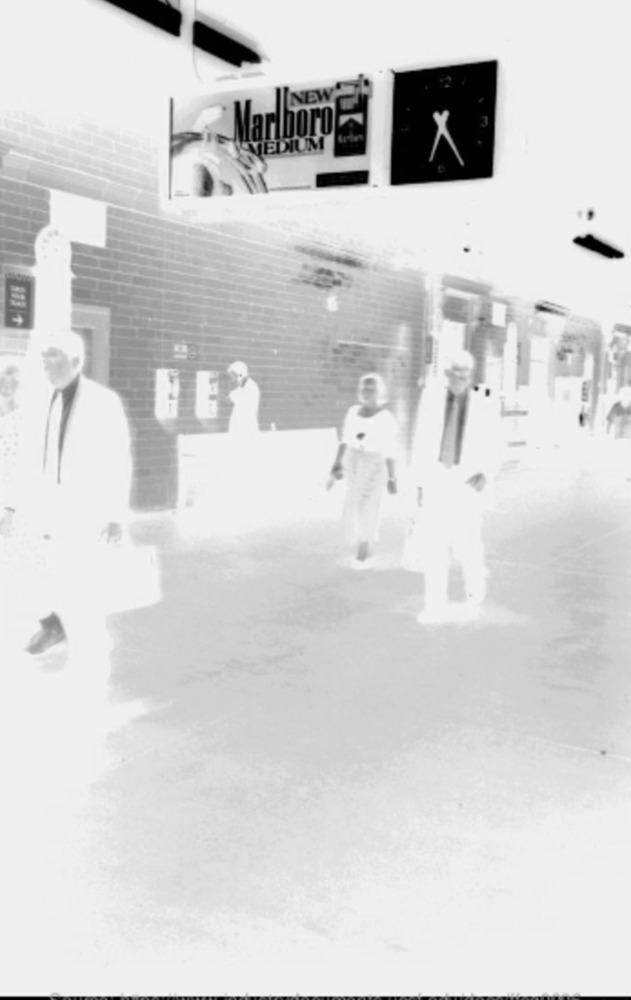
INEW
X